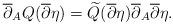
LaTeX: \begin{align*}\overline{\partial}_A Q(\overline{\partial} \eta) =\widetilde{Q}(\overline{\partial} \eta) \overline{\partial}_A \overline{\partial} \eta.\end{align*}